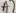
Text: A7